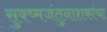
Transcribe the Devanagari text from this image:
सुक्ष्मजंतुनाशकांचा